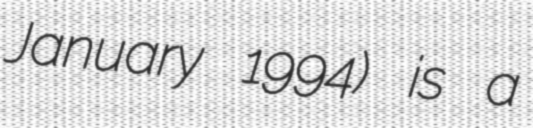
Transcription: January 1994) is a